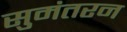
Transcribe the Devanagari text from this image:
सुमंतरन